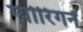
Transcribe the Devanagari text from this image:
ग्योरिंगने